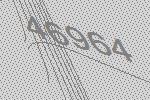
46964